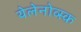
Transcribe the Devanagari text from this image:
येलेनोव्स्क